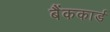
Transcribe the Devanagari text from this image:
बैंककार्ड